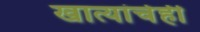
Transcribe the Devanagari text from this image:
खात्यांचेही